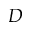
D